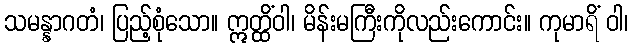
သမန္နာဂတံ၊ ပြည့်စုံသော။ ဣတ္ထိံဝါ၊ မိန်းမကြီးကိုလည်းကောင်း။ ကုမာရိံ ဝါ၊